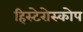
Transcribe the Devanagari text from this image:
हिस्टेरोस्कोप